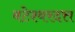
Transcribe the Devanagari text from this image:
वटेश्वरदत्त